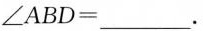
$$\angle ABD=___$$.